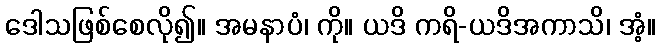
ဒေါသဖြစ်စေလို၍။ အမနာပံ၊ ကို။ ယဒိ ကရိ-ယဒိအကာသိ၊ အံ့။